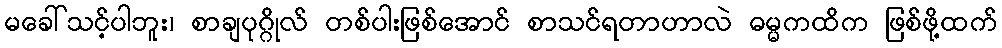
မခေါ်သင့်ပါဘူး၊ စာချပုဂ္ဂိုလ် တစ်ပါးဖြစ်အောင် စာသင်ရတာဟာလဲ ဓမ္မကထိက ဖြစ်ဖို့ထက်